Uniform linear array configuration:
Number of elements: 48
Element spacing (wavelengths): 1
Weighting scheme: hamming
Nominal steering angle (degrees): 30
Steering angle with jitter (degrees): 29.469
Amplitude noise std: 0.05
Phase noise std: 0.05

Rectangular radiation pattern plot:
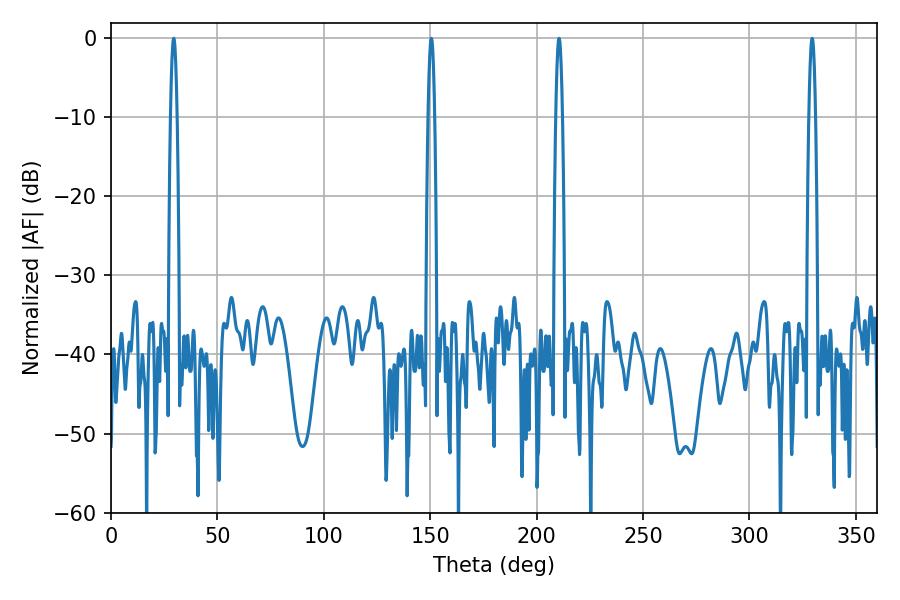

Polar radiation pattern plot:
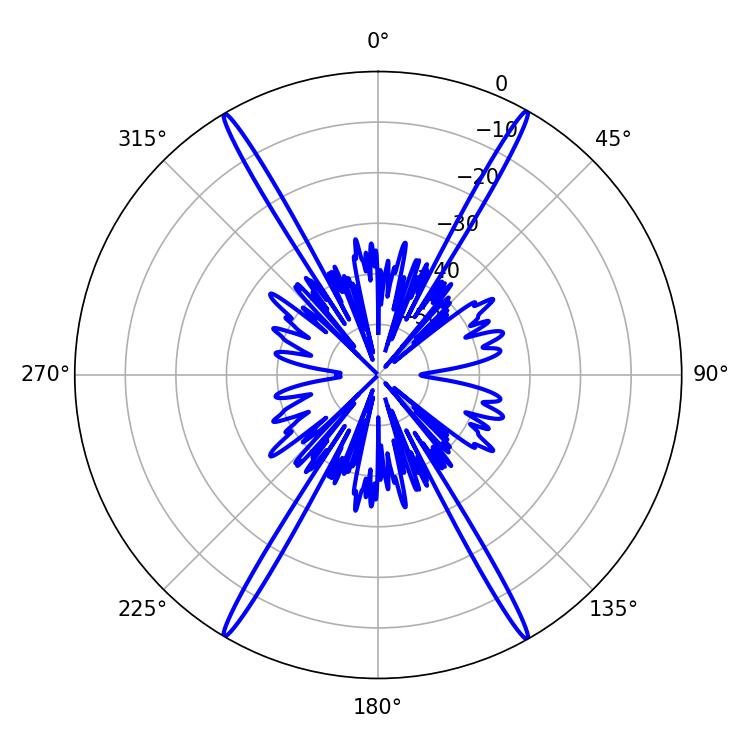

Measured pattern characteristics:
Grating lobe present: TRUE
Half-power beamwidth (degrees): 1.62
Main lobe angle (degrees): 29.52